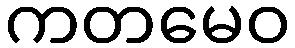
ကတမေဝ